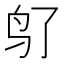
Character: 𬷽